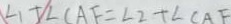
\angle 1 + \angle C A F = \angle 2 + \angle C A F